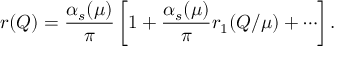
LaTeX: r ( Q ) = \frac { \alpha _ { s } ( \mu ) } { \pi } \left[ 1 + \frac { \alpha _ { s } ( \mu ) } { \pi } r _ { 1 } ( Q / \mu ) + \cdots \right] .